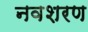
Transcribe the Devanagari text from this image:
नवशरण